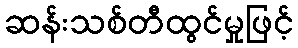
ဆန်းသစ်တီထွင်မှုဖြင့်